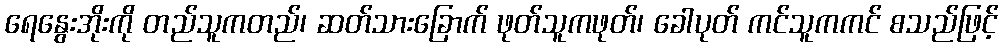
ရေနွေးအိုးကို တည်သူကတည်၊ ဆတ်သားခြောက် ဖုတ်သူကဖုတ်၊ ခေါပုတ် ကင်သူကကင် စသည်ဖြင့်